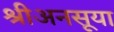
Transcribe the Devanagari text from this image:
श्रीअनसूया